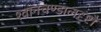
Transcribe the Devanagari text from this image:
श्वानचण्डालदृष्टौ